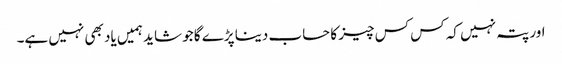
اور پتہ نہیں کہ کس کس چیز کا حساب دینا پڑے گا جو شاید ہمیں یاد بھی نہیں ہے۔